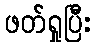
ဖတ်ရှုပြီး